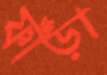
ফাঁড়া